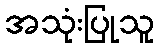
အသုံးပြုသူ